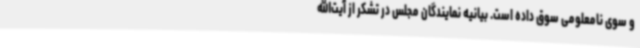
و سوی نامعلومی سوق داده است. بیانیه نمایندگان مجلس در تشکر از آیت‌الله